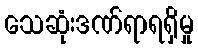
သေဆုံးဒဏ်ရာရရှိမှု